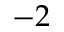
- 2